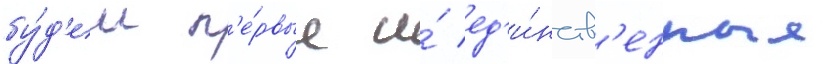
бу́д'ем п'е́рвые и́ ед'и́нств'енные